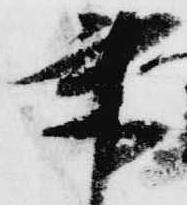
書